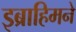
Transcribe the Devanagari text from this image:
इब्राहिमने